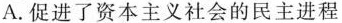
A.促进了资本主义社会的民主进程